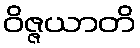
ဝိဇ္ဇယာတိ